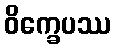
ဝိက္ခေပဿ